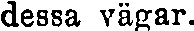
dessa vägar.